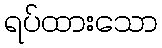
ရပ်ထားသော